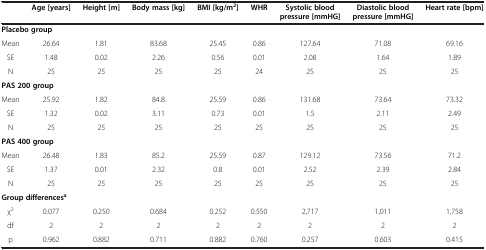
<table><thead><tr><td><b> </b></td><td><b>Age [years]</b></td><td><b>Height [m]</b></td><td><b>Body mass [kg]</b></td><td><b>BMI [kg/m<sup>2</sup>]</b></td><td><b>WHR</b></td><td><b>Systolic blood pressure [mmHG]</b></td><td><b>Diastolic blood pressure [mmHG]</b></td><td><b>Heart rate [bpm]</b></td></tr></thead><tbody><tr><td colspan="2"><b>Placebo group</b></td><td> </td><td> </td><td> </td><td> </td><td> </td><td> </td><td> </td></tr><tr><td>Mean</td><td>26.64</td><td>1.81</td><td>83.68</td><td>25.45</td><td>0.86</td><td>127.64</td><td>71.08</td><td>69.16</td></tr><tr><td>SE</td><td>1.48</td><td>0.02</td><td>2.26</td><td>0.56</td><td>0.01</td><td>2.08</td><td>1.64</td><td>1.89</td></tr><tr><td>N</td><td>25</td><td>25</td><td>25</td><td>25</td><td>24</td><td>25</td><td>25</td><td>25</td></tr><tr><td colspan="5"><b>PAS 200 group</b></td><td> </td><td> </td><td> </td><td> </td></tr><tr><td>Mean</td><td>25.92</td><td>1.82</td><td>84.8</td><td>25.59</td><td>0.86</td><td>131.68</td><td>73.64</td><td>73.32</td></tr><tr><td>SE</td><td>1.32</td><td>0.02</td><td>3.11</td><td>0.73</td><td>0.01</td><td>1.5</td><td>2.11</td><td>2.49</td></tr><tr><td>N</td><td>25</td><td>25</td><td>25</td><td>25</td><td>25</td><td>25</td><td>25</td><td>25</td></tr><tr><td colspan="5"><b>PAS 400 group</b></td><td> </td><td> </td><td> </td><td> </td></tr><tr><td>Mean</td><td>26.48</td><td>1.83</td><td>85.2</td><td>25.59</td><td>0.87</td><td>129.12</td><td>73.56</td><td>71.2</td></tr><tr><td>SE</td><td>1.37</td><td>0.01</td><td>2.32</td><td>0.8</td><td>0.01</td><td>2.52</td><td>2.39</td><td>2.84</td></tr><tr><td>N</td><td>25</td><td>25</td><td>25</td><td>25</td><td>25</td><td>25</td><td>25</td><td>25</td></tr><tr><td colspan="3"><b>Group differences</b><sup><b>a</b></sup></td><td> </td><td> </td><td> </td><td> </td><td> </td><td> </td></tr><tr><td>χ<sup>2</sup></td><td>0.077</td><td>0.250</td><td>0.684</td><td>0.252</td><td>0.550</td><td>2,717</td><td>1,011</td><td>1,758</td></tr><tr><td>df</td><td>2</td><td>2</td><td>2</td><td>2</td><td>2</td><td>2</td><td>2</td><td>2</td></tr><tr><td>p</td><td>0.962</td><td>0.882</td><td>0.711</td><td>0.882</td><td>0.760</td><td>0.257</td><td>0.603</td><td>0.415</td></tr></tbody></table>